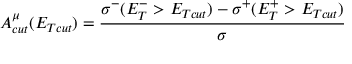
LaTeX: A _ { c u t } ^ { \mu } ( E _ { T c u t } ) = { \frac { \sigma ^ { - } ( E _ { T } ^ { - } > E _ { T c u t } ) - \sigma ^ { + } ( E _ { T } ^ { + } > E _ { T c u t } ) } { \sigma } }